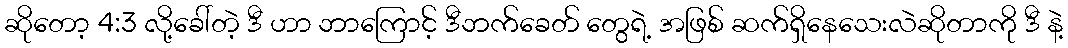
ဆိုတော့ 4:3 လို့ခေါ်တဲ့ ဒီ ဟာ ဘာကြောင့် ဒီဘက်ခေတ် တွေရဲ့ အဖြစ် ဆက်ရှိနေသေးလဲဆိုတာကို ဒီ နဲ့